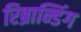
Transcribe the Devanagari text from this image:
रिब्रान्डिंग